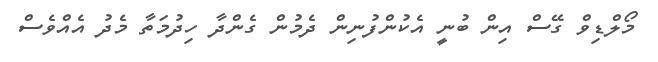
މޯލްޑިވް ގޭސް އިން ބުނީ އެކުންފުނިން ދެމުން ގެންދާ ހިދުމަތާ މެދު އެއްވެސް